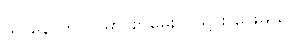
သူ နောက် လမှာ စာမေးပွဲ သွား ဖြေမယ်။